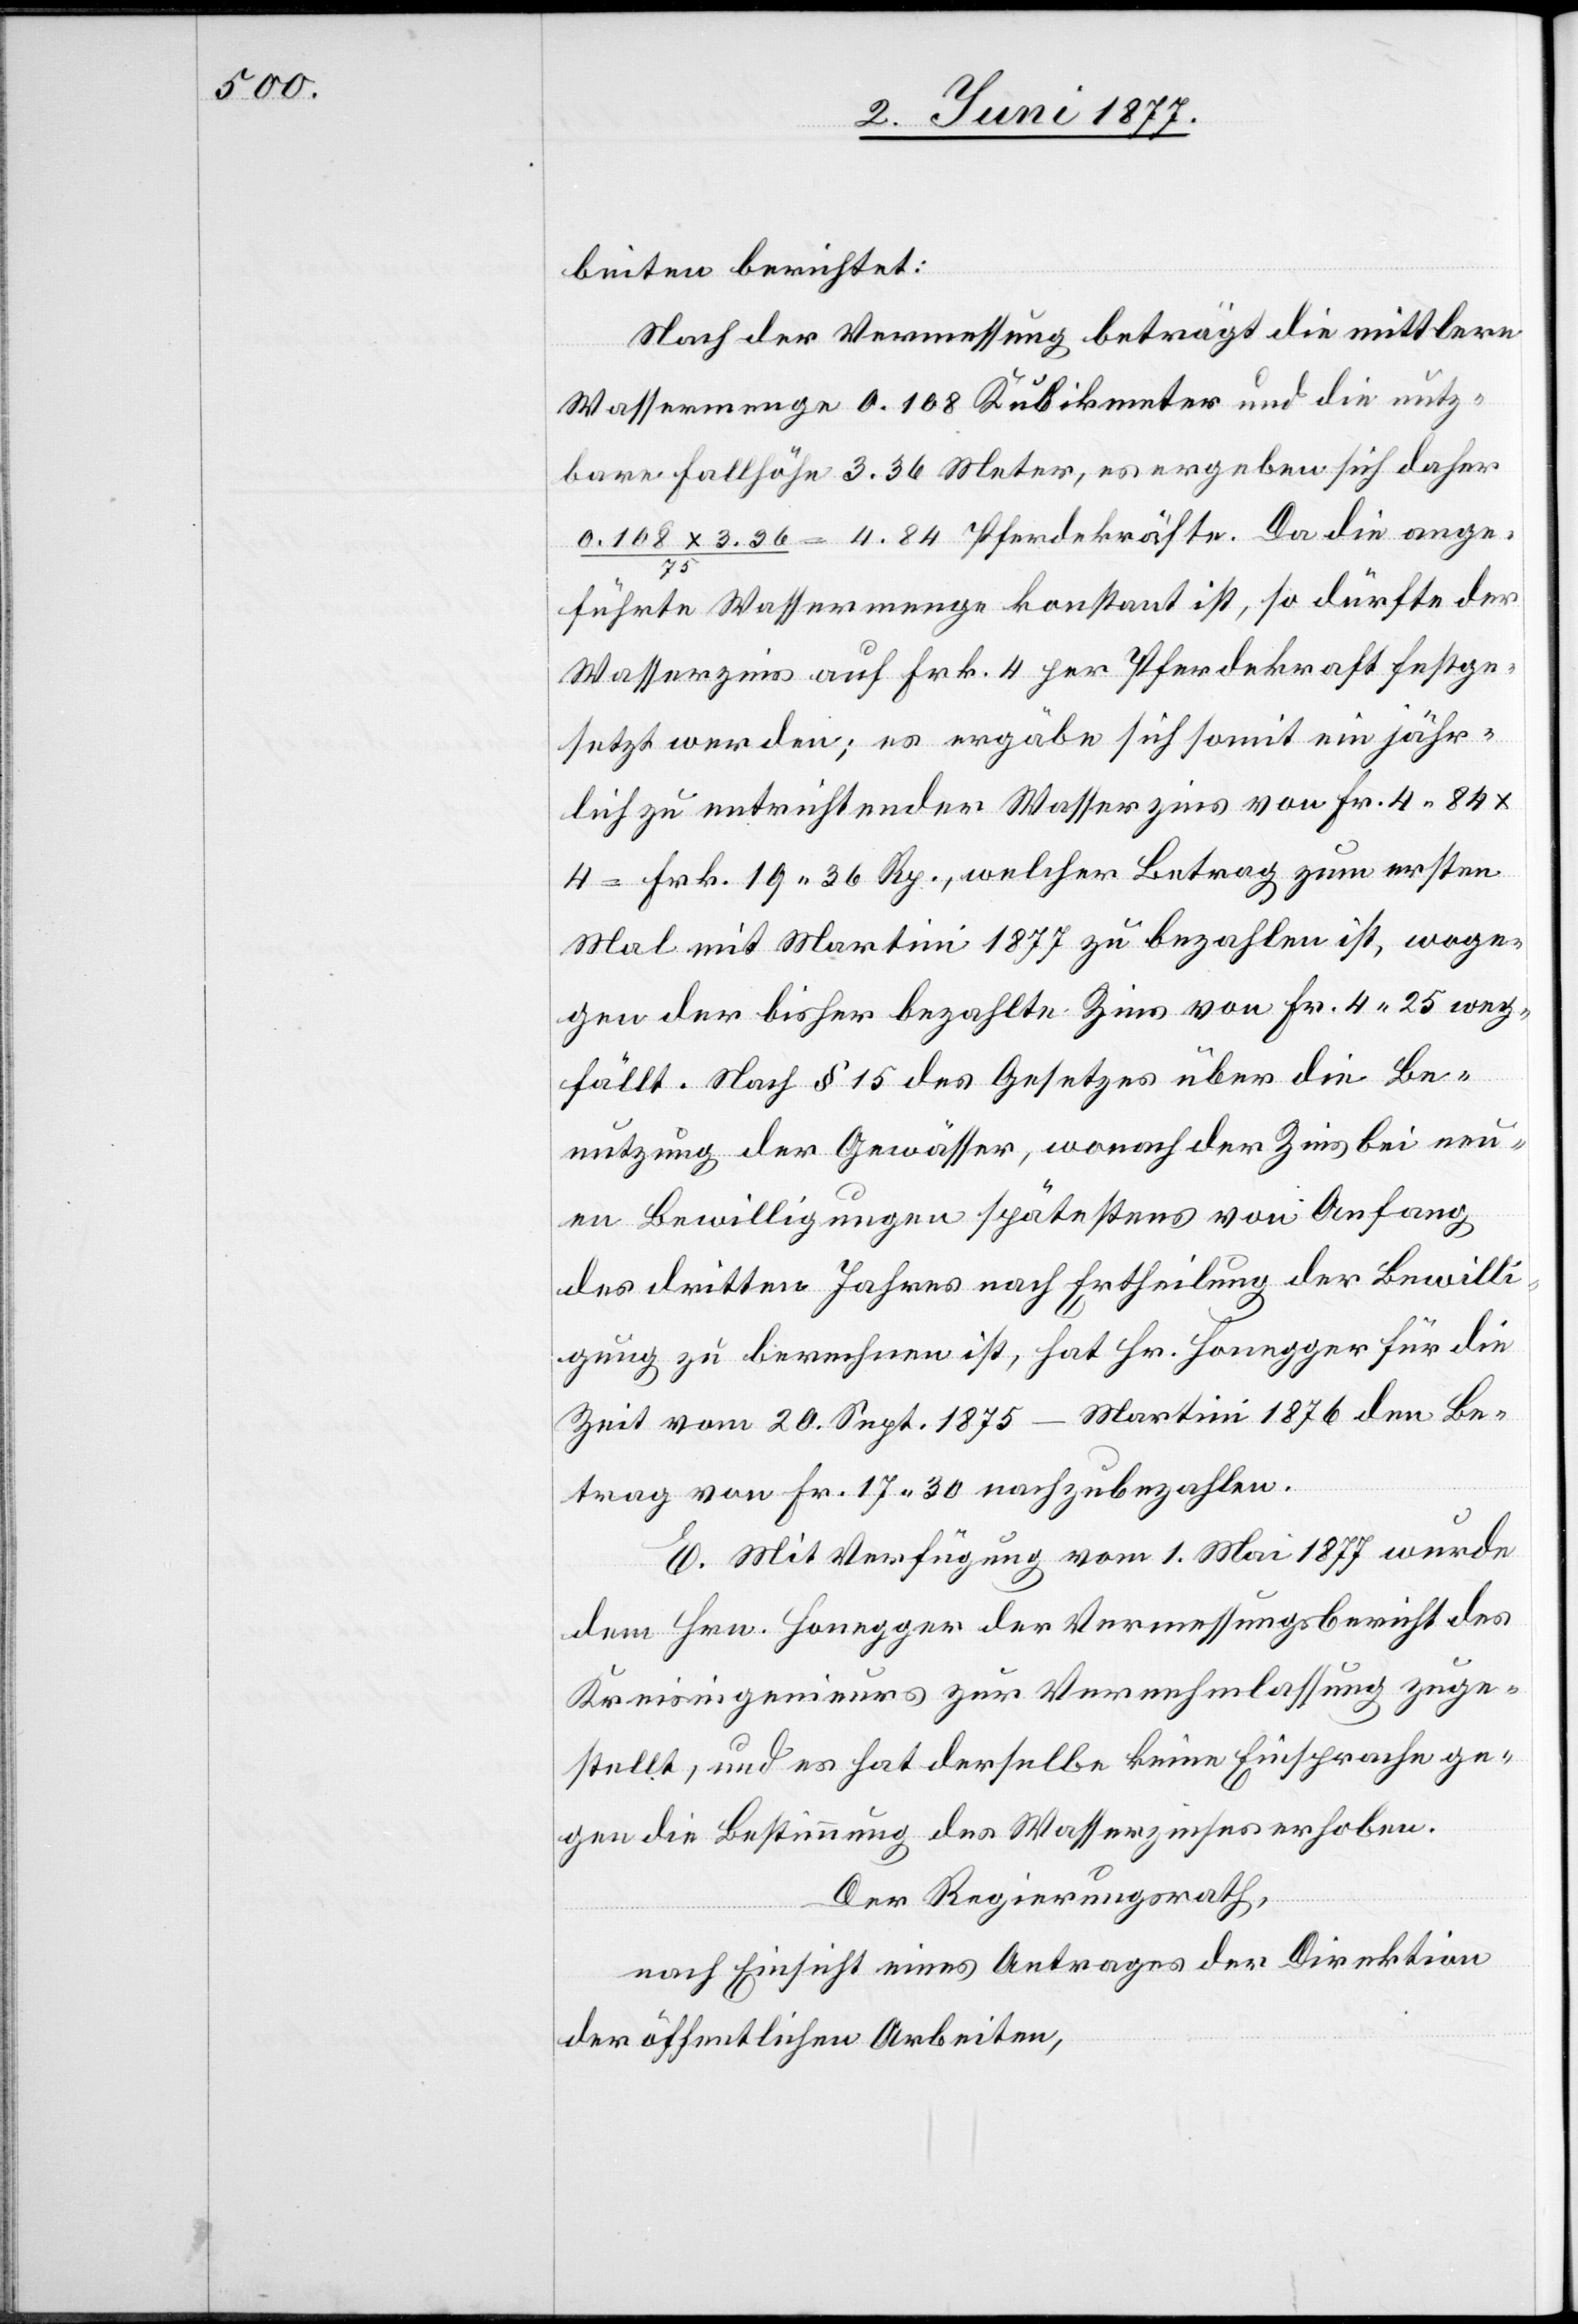
beiten berichtet:
Nach der Vermessung beträgt die mittlere
Wassermenge 0.108 Kubikmeter und die nutz¬
bare Fallhöhe 3.36 Meter, es ergeben sich daher
0.108 x 3.36 / 75 = 4.84 Pferdekräfte. Da die ange¬
führte Wassermenge konstant ist, so dürfte der
Wasserzins auf Frk. 4 per Pferdekraft festge¬
setzt werden; es ergäbe sich somit ein jähr¬
lich zu entrichtender Wasserzins von Fr. 4.84
= Frk. 19 36 Rp., welcher Betrag zum ersten
Mal mit Martini 1877 zu bezahlen ist, woge¬
gen der bisher bezahlte Zins von Fr. 4 25 weg¬
fällt. Nach § 15 des Gesetzes über die Be¬
nutzung der Gewässer, wonach der Zins bei neu¬
en Bewilligungen spätestens von Anfang
des dritten Jahres nach Ertheilung der Bewilli¬
gung zu berechnen ist, hat Hr. Honegger für die
Zeit vom 20. Sept. 1875–Martini 1876 den Be¬
trag von Fr. 17 30 nachzubezahlen.
E. Mit Verfügung vom 1. Mai 1877 wurde
dem Hrn. Honegger der Vermessungsbericht des
Kreisingenieurs zur Vernehmlassung zuge¬
stellt, und es hat derselbe keine Einsprache ge¬
gen die Bestimmung des Wasserzinses erhoben.
Der Regierungsrath,
nach Einsicht eines Antrages der Direktion
der öffentlichen Arbeiten,